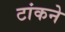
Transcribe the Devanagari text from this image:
टांकने